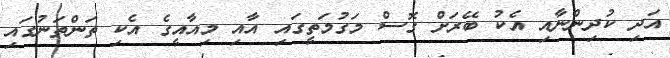
އަދި ކުދިންނާއި އެކު ބޭރަށް ގޮސް މަގުމަތީގައި އާއި މިއާއީގެ އެކި ތަންތަނުގައި